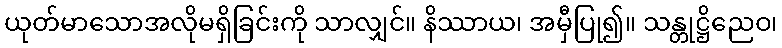
ယုတ်မာသောအလိုမရှိခြင်းကို သာလျှင်။ နိဿာယ၊ အမှီပြု၍။ သန္တုဋ္ဌိညေဝ၊